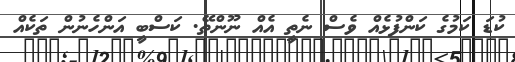
ކުޑަ ކަމުގެ ކަންފުޅެއް ވެސް ނެތީ އެއް ނޫންތޭ. ކަސްބީ އަންހެނުން ތަކެއް